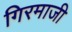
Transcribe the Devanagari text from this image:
गिरमाजी